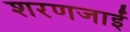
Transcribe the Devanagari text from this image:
शरणजाईं